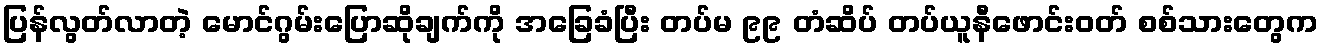
ပြန်လွတ်လာတဲ့ မောင်ဂွမ်းပြောဆိုချက်ကို အခြေခံပြီး တပ်မ ၉၉ တံဆိပ် တပ်ယူနီဖောင်းဝတ် စစ်သားတွေက